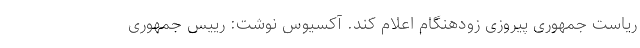
ریاست جمهوری پیروزی زودهنگام اعلام کند. آکسیوس نوشت: رییس جمهوری